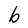
Character: b